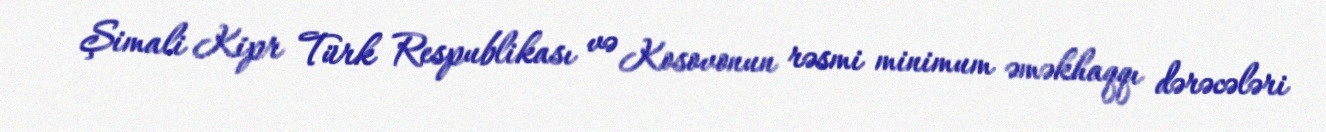
Şimali Kipr Türk Respublikası və Kosovonun rəsmi minimum əməkhaqqı dərəcələri